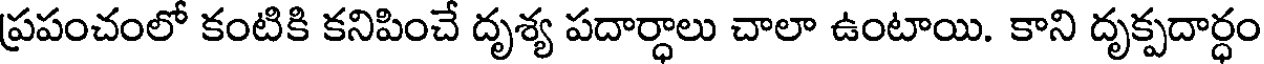
ప్రపంచంలో కంటికి కనిపించే దృశ్య పదార్ధాలు చాలా ఉంటాయి. కాని దృక్పదార్ధం